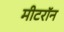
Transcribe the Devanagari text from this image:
मीटरॉन